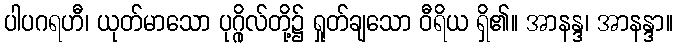
ပါပဂရဟီ၊ ယုတ်မာသော ပုဂ္ဂိုလ်တို့၌ ရှုတ်ချသော ဝီရိယ ရှိ၏။ အာနန္ဒ၊ အာနန္ဒာ။